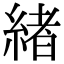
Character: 緒